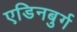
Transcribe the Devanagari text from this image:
एडिनबुर्ग